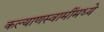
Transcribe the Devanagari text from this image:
कल्याणस्वामींमध्ये